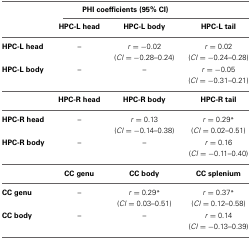
<table><thead><tr><td></td><td colspan="3"><b>PHI coefficients (95% CI)</b></td></tr><tr><td></td><td><b>HPC-L head</b></td><td><b>HPC-L body</b></td><td><b>HPC-L tail</b></td></tr></thead><tbody><tr><td><b>HPC-L head</b></td><td>–</td><td><i>r</i> = −0.02</td><td><i>r</i> = 0.02</td></tr><tr><td></td><td></td><td>(<i>CI</i> = −0.28–0.24)</td><td>(<i>CI</i> = −0.24–0.28)</td></tr><tr><td><b>HPC-L body</b></td><td>–</td><td>–</td><td><i>r</i> = −0.05</td></tr><tr><td></td><td></td><td></td><td>(<i>CI</i> = −0.31–0.21)</td></tr><tr><td></td><td><b>HPC-R head</b></td><td><b>HPC-R body</b></td><td><b>HPC-R tail</b></td></tr><tr><td><b>HPC-R head</b></td><td>–</td><td><i>r</i> = 0.13</td><td><i>r</i> = 0.29<sup>*</sup></td></tr><tr><td></td><td></td><td>(<i>CI</i> = −0.14–0.38)</td><td>(<i>CI</i> = 0.02–0.51)</td></tr><tr><td><b>HPC-R body</b></td><td>–</td><td>–</td><td><i>r</i> = 0.16</td></tr><tr><td></td><td></td><td></td><td>(<i>CI</i> = −0.11–0.40)</td></tr><tr><td></td><td><b>CC genu</b></td><td><b>CC body</b></td><td><b>CC splenium</b></td></tr><tr><td><b>CC genu</b></td><td>–</td><td><i>r</i> = 0.29<sup>*</sup></td><td><i>r</i> = 0.37<sup>*</sup></td></tr><tr><td></td><td></td><td>(<i>CI</i> = 0.03–0.51)</td><td>(<i>CI</i> = 0.12–0.58)</td></tr><tr><td><b>CC body</b></td><td>–</td><td>–</td><td><i>r</i> = 0.14</td></tr><tr><td></td><td></td><td></td><td>(<i>CI</i> = −0.13–0.39)</td></tr></tbody></table>